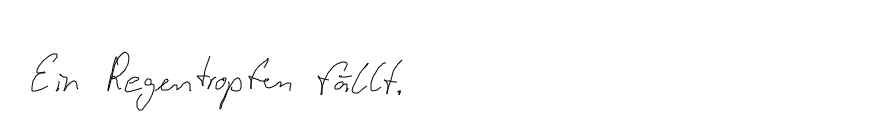
Ein Regentropfen fällt.